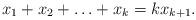
LaTeX: \begin{align*}x_1+x_2 + \ldots +x_k=k x_{k+1}.\end{align*}